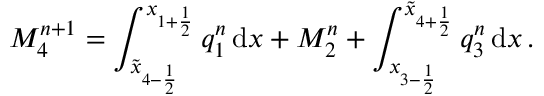
M _ { 4 } ^ { n + 1 } = \int _ { \tilde { x } _ { 4 - \frac { 1 } { 2 } } } ^ { x _ { 1 + \frac { 1 } { 2 } } } q _ { 1 } ^ { n } \, \mathrm { d } x + M _ { 2 } ^ { n } + \int _ { x _ { 3 - \frac { 1 } { 2 } } } ^ { \tilde { x } _ { 4 + \frac { 1 } { 2 } } } q _ { 3 } ^ { n } \, \mathrm { d } x \, .